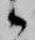
候